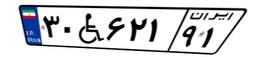
۳۰W۶۲۱۹۱